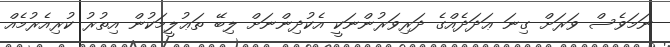
ނަމަވެސް ވަރަށް ގިނަ ޢަދަދެއްގެ ދަރިވަރުންނަކީ އެކުދިންނަށް ލިބޭ ތަޢުލީމަކުން އިތުރު ކުރިއެރުމެއް